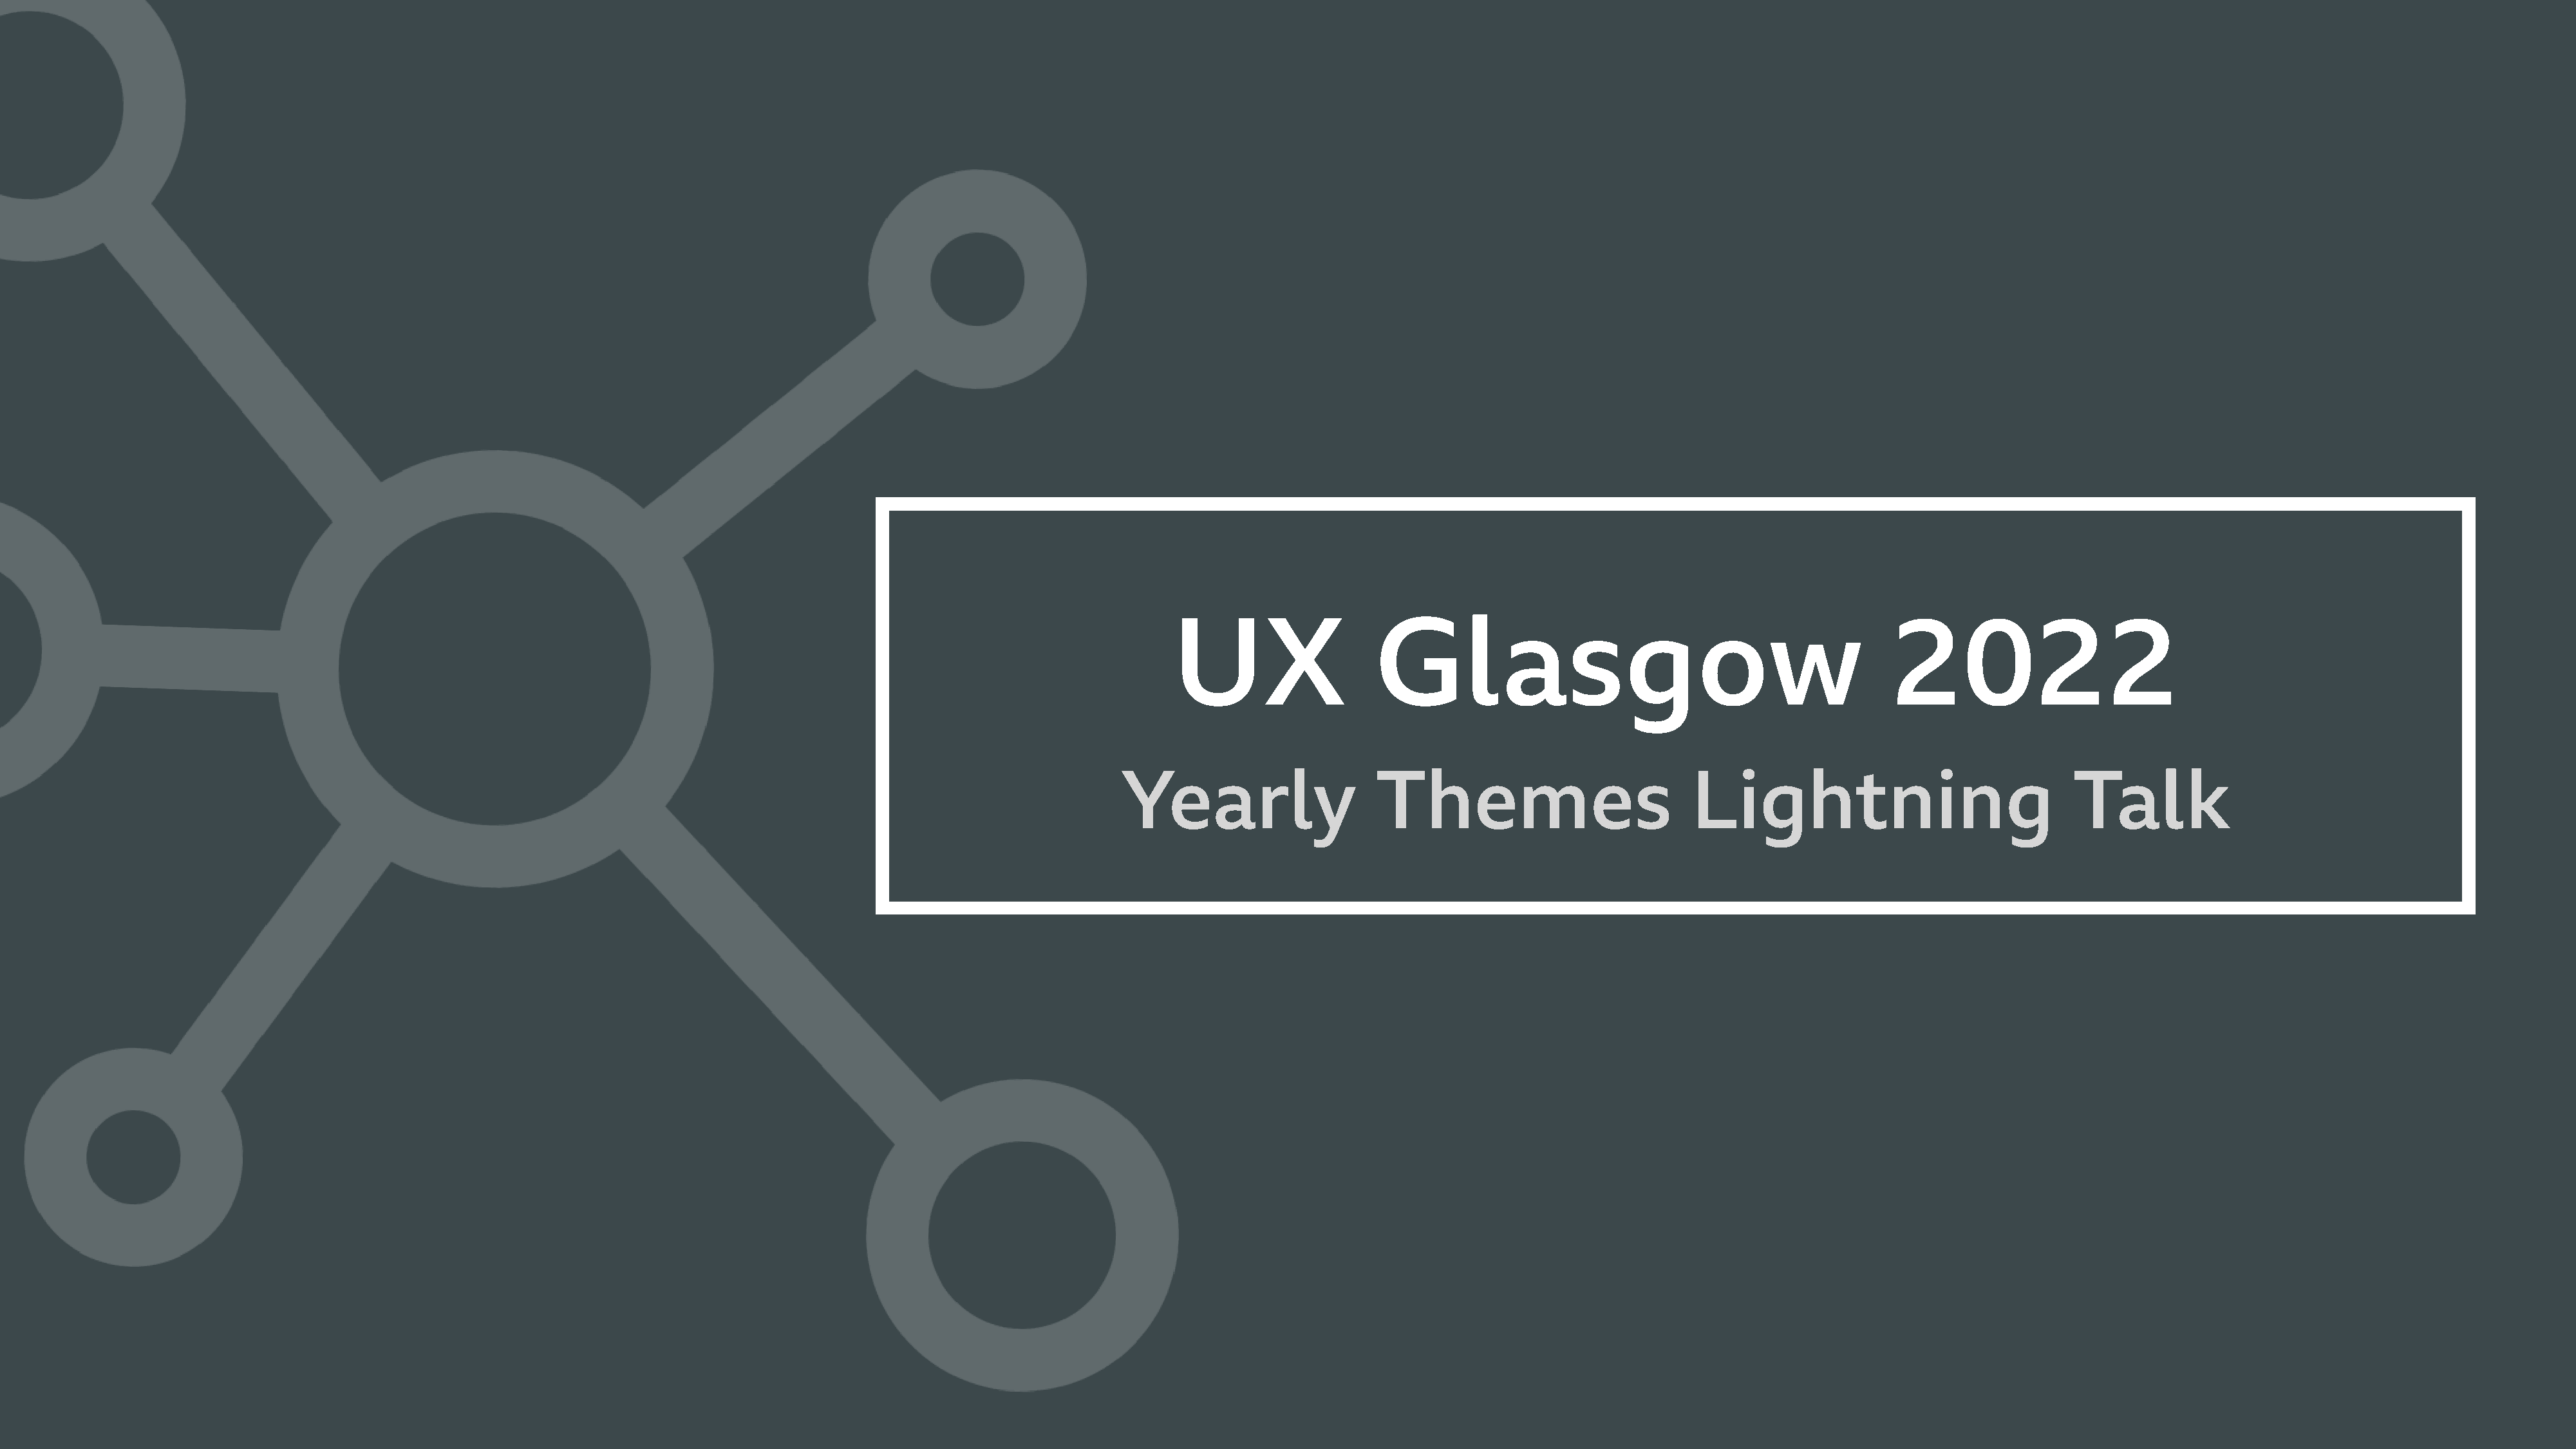
UX                  Glasgow                                              2022
 Yearly                    Themes                           Lightning                              Talk